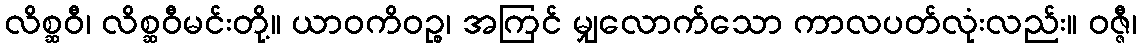
လိစ္ဆဝီ၊ လိစ္ဆဝီမင်းတို့။ ယာဝကိဝဉ္စ၊ အကြင် မျှလောက်သော ကာလပတ်လုံးလည်း။ ဝဇ္ဇီ၊